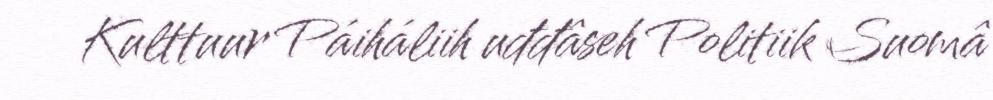
Kulttuur Páiháliih uđđâseh Politiik Suomâ